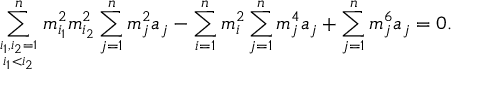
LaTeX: \sum _ { i _ { 1 } , i _ { 2 } = 1 \atop i _ { 1 } < i _ { 2 } } ^ { n } m _ { i _ { 1 } } ^ { 2 } m _ { i _ { 2 } } ^ { 2 } \sum _ { j = 1 } ^ { n } m _ { j } ^ { 2 } a _ { j } - \sum _ { i = 1 } ^ { n } m _ { i } ^ { 2 } \sum _ { j = 1 } ^ { n } m _ { j } ^ { 4 } a _ { j } + \sum _ { j = 1 } ^ { n } m _ { j } ^ { 6 } a _ { j } = 0 .